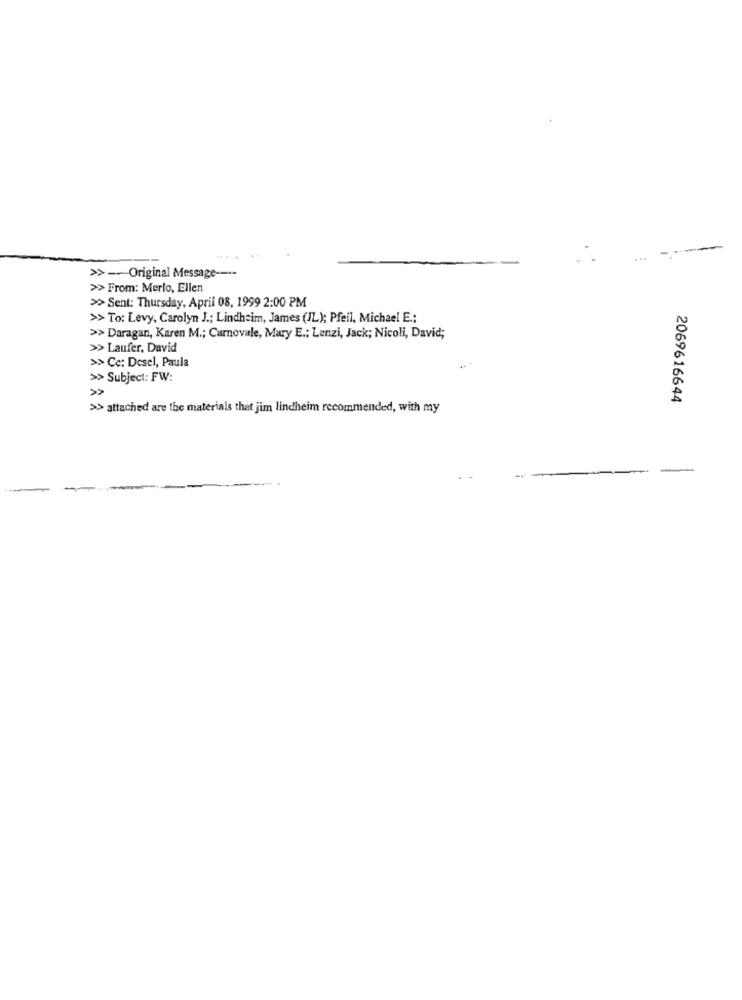
...
>> -- Original Message ----
>> From: Merlo, Ellen
>> Sent: Thursday, April 08, 1999 2:00 PM
>> To: Levy, Carolyn J .; Lindheim, James (IL); Pfeil, Michael E .;
>> Daragan, Karen M .; Carnovale, Mary E .; Lenzi, Jack; Nicoli, David;
>> Laufer, David
>> Cc: Desel, Paula
>> Subject: FW:
>>
2069616644
>> attached are the materials that jim lindheim recommended, with my